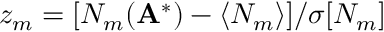
z _ { m } = [ N _ { m } ( \mathbf A ^ { * } ) - \langle N _ { m } \rangle ] / \sigma [ N _ { m } ]